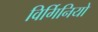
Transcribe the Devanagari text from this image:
विर्गिनियो